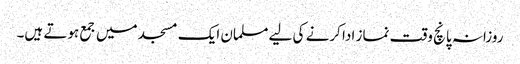
روزانہ پانچ وقت نماز ادا کرنے کی لیے مسلمان ایک مسجد میں جمع ہوتے ہیں۔